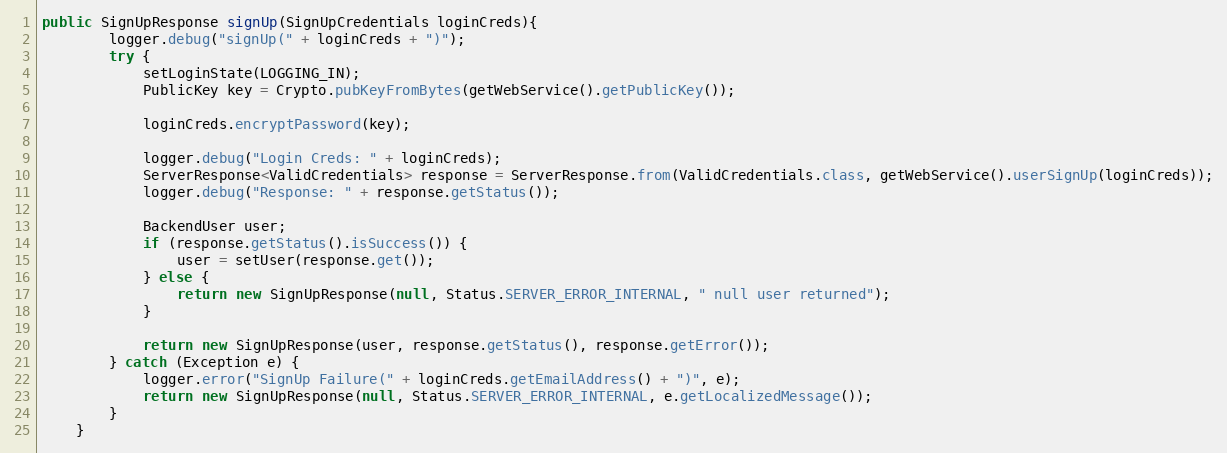
Language: Java
public SignUpResponse signUp(SignUpCredentials loginCreds){
        logger.debug("signUp(" + loginCreds + ")");
        try {
            setLoginState(LOGGING_IN);
            PublicKey key = Crypto.pubKeyFromBytes(getWebService().getPublicKey());

            loginCreds.encryptPassword(key);

            logger.debug("Login Creds: " + loginCreds);
            ServerResponse<ValidCredentials> response = ServerResponse.from(ValidCredentials.class, getWebService().userSignUp(loginCreds));
            logger.debug("Response: " + response.getStatus());

            BackendUser user;
            if (response.getStatus().isSuccess()) {
                user = setUser(response.get());
            } else {
                return new SignUpResponse(null, Status.SERVER_ERROR_INTERNAL, " null user returned");
            }

            return new SignUpResponse(user, response.getStatus(), response.getError());
        } catch (Exception e) {
            logger.error("SignUp Failure(" + loginCreds.getEmailAddress() + ")", e);
            return new SignUpResponse(null, Status.SERVER_ERROR_INTERNAL, e.getLocalizedMessage());
        }
    }